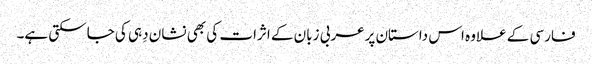
فارسی کے علاوہ اس داستان پرعربی زبان کے اثرات کی بھی نشان دِہی کی جاسکتی ہے۔